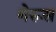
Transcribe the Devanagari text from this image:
गेरूस